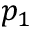
p _ { 1 }